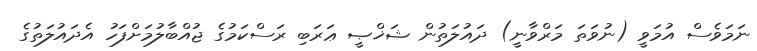
ނަމަވެސް އުމަވީ (ނުވަތަ މަރްވާނީ) ދައުލަތުން ޝަޚްޞީ ޢަރަބި ރަސްކަމުގެ ޖުއްބާލުމަށްފަހު އެދައުލަތުގެ